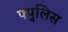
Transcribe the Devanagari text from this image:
फ्पुलिस